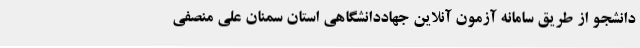
دانشجو از طریق سامانه آزمون آنلاین جهاددانشگاهی استان سمنان علی منصفی